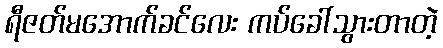
ရီဇတ်မအောက်ခင်လေး ကပ်ခေါ်သွားတာတဲ့